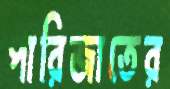
পারিজাতের